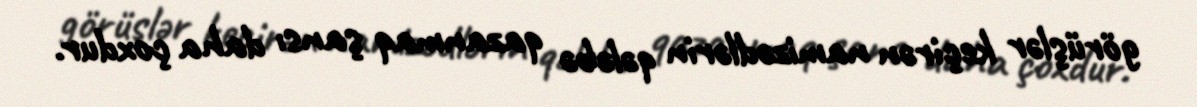
görüşlər keçirən namizədlərin qələbə qazanmaq şansı daha çoxdur.